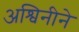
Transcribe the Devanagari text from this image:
अश्विनीने